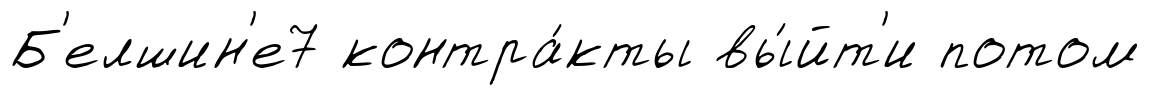
Б'елшин'е7 контра́кты вы́йт'и потом